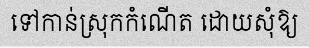
ទៅកាន់ស្រុកកំណើត ដោយសុំឱ្យ